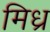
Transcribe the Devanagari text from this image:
मिध्र